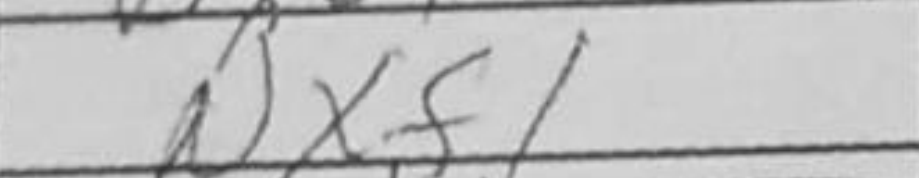
Transcription: Nxf1